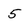
Character: 5